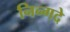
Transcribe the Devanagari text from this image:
निन्गदे